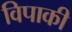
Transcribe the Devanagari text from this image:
विपाकी